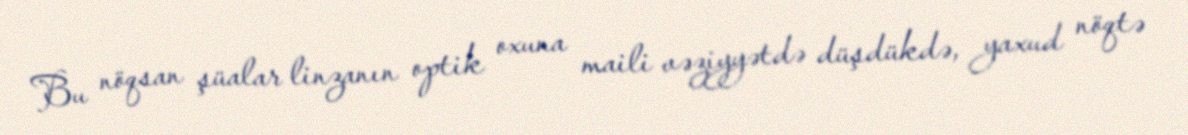
Bu nöqsan şüalar linzanın optik oxuna maili vəziyyətdə düşdükdə, yaxud nöqtə